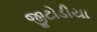
જીટોડીયા